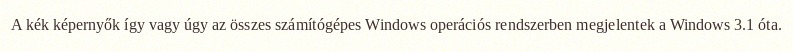
A kék képernyők így vagy úgy az összes számítógépes Windows operációs rendszerben megjelentek a Windows 3.1 óta.